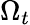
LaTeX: \Omega_{t}